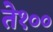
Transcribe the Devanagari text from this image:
ते१००